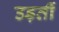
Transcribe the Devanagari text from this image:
उड़तीं